Civil Veterinary Department. Central Provinces & Berar 1932-41 - 1932-1941
Year: 1932
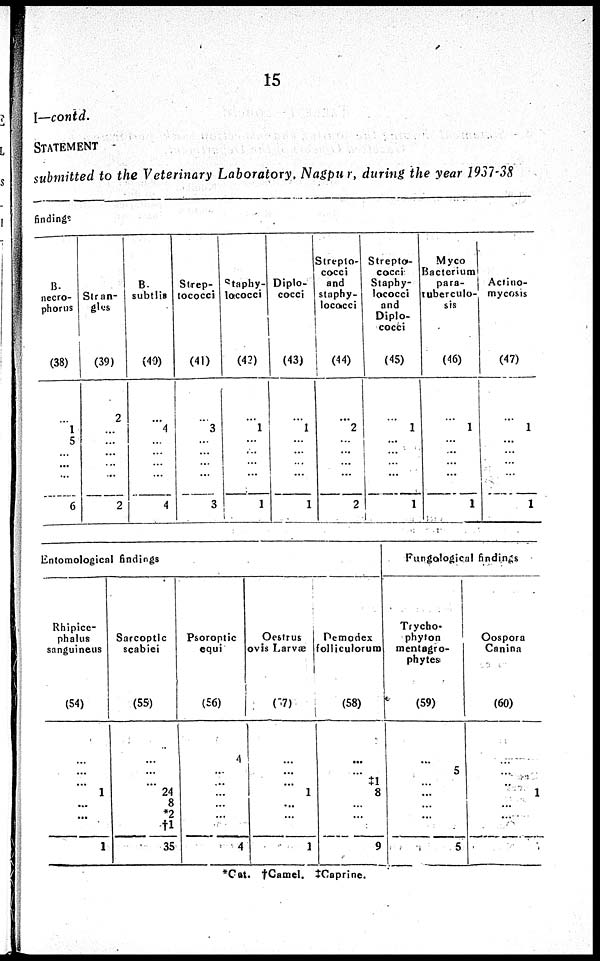
15
I—contd.
STATEMENT
submitted to the Veterinary Laboratory, Nagpur, during the year 1937-38
findings
B.
necro-
phorus
(38)
...
1
5
...
...
...
6
Stran-
gles
(39)
2
...
...
...
...
...
2
B.
subtlis
(40)
...
4
...
...
...
...
4
Strep-
tococci
(41)
...
3
...
...
...
...
3
Staphy-
lococci
(42)
...
1
...
...
...
...
1
Diplo-
cocci
(43)
...
1
...
...
...
...
1
Strepto-
cocci
and
staphy-
lococci
(44)
...
2
...
...
...
...
2
Strepto-
cocci
Staphy-
lococci
and
Diplo-
cocci
(45)
...
1
...
...
...
...
1
Myco
Bacterium
para-
tuberculo-
sis
(46)
...
1
...
...
...
...
1
Actino-
mycosis
(47)
...
1
...
...
...
...
1
Entomological findings
Rhipice-
phalus
sanguineus
(54)
...
...
...
1
...
...
...
1
Sarcoptic
scabiei
(55)
...
...
...
24
8
*2
†1
35
Psoroptic
equi
(56)
4
...
...
...
...
...
...
4
Oestrus
ovis Larvæ
(57)
...
...
...
1
...
...
...
1
Demodex
folliculorum
(58)
...
...
‡1
8
...
...
...
9
Fungological findings
Trycho-
phyton
mentagra-
phytes
(59)
...
5
...
...
...
...
...
5
Oospora
Canina
(60)
...
...
...
1
...
...
...
...
*Cat. †Camel. ‡Caprine.